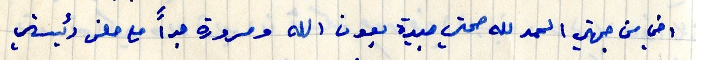
اخي من جهتي الحمد لله صحتي جيدة بعون الله ومسرورة جداً مع حصن رئيستي